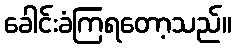
ခေါင်းခံကြရတော့သည်။